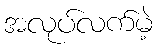
အလုပ်လက်မဲ့